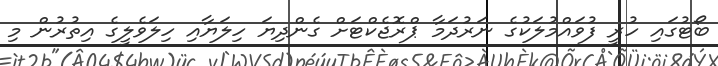
ބޯޓުގައި ހުރީ ފުވައްމުލަކުގެ ނަރުދަމާ ޕްރޮޖެކްޓަށް ގެންދިޔަ ހިލަޔާއި ހިލަވެލީގެ އިތުރުން މި